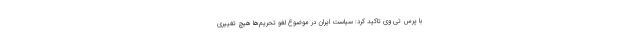
با پرس تی وی تاکید کرد: سیاست ایران در موضوع لغو تحریم‌ها هیچ تغییری